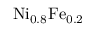
\mathrm { N i _ { 0 . 8 } F e _ { 0 . 2 } }